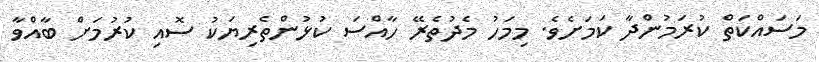
މަސައްކަތް ކުރަމުންދާ ކަމަށެވެ. މިމަހު މެދުތެރޭ ހާއްސަ ކުޅުންތެރިޔަކު ސޮއި ކުރުމަށް ބާއްވާ